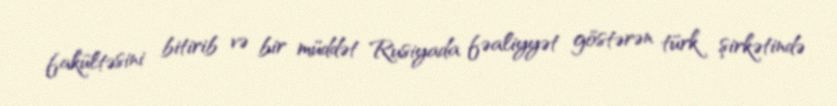
fakültəsini bitirib və bir müddət Rusiyada fəaliyyət göstərən türk şirkətində